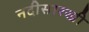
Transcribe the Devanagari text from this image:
नदीसारखी